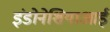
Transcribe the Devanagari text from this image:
इंडोनेशियाआई